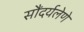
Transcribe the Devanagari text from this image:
सौंदर्यलेणे